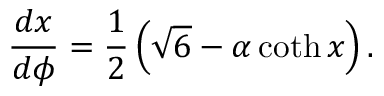
{ \frac { d x } { d \phi } = \frac { 1 } { 2 } \left( \sqrt { 6 } - \alpha \coth x \right) . }